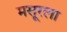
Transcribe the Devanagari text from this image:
मसूरला